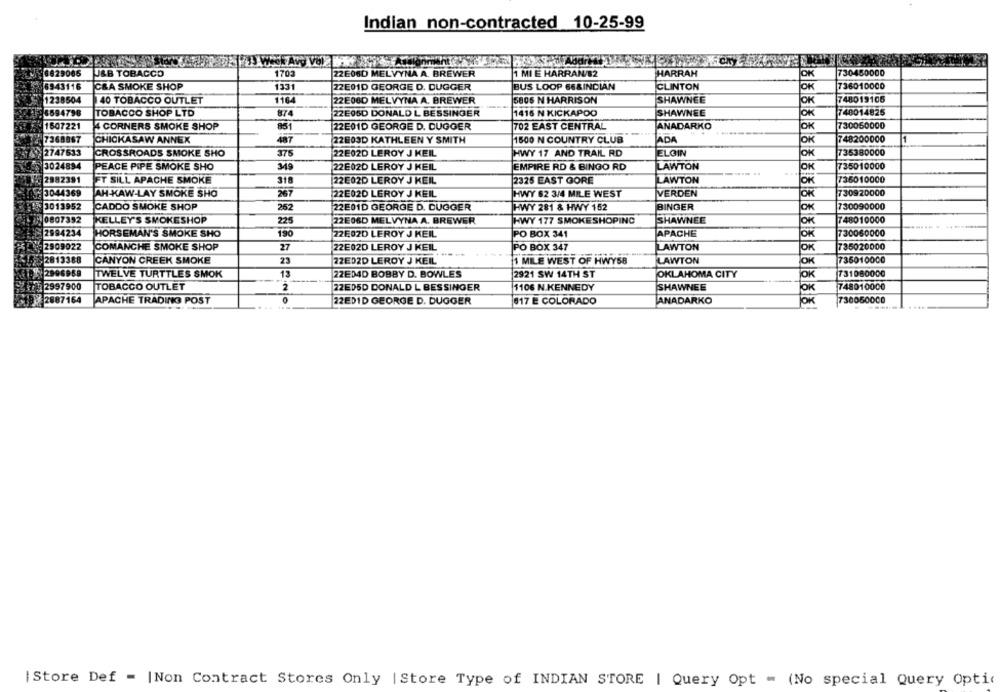
Indian non-contracted 10-25-99
Weck Avy Vol WARS 2
Wi'de Athlonmente
6829065
USB TOBACCO
1703
22E06D MELVYNA A. BREWER
1 MI E HARRAN/82
HARRAH
OK
730450000
6943116
C&A SMOKE SHOP
1331
22E01D GEORGE D. DUGGER
BUS LOOP 66&INDIAN
CLINTON
OK
736010000
1238504
140 TOBACCO OUTLET
1164
22E06D MELVYNA A. BREWER
5805 N HARRISON
SHAWNEE
OK
748019105
748014825
36694798
TOBACCO SHOP LTD
22E06D DONALD L BESSINGER
1416 N KICKAPOO
SHAWNEE
OK
ANADARKO
730050000
1507221
4 CORNERS SMOKE SHOP
85
22E01D GEORGE D. DUGGER
702 EAST CENTRAL
OK
487
22803D KATHLEEN Y SMITH
1500 N COUNTRY CLUB
ADA
OK
748200000
7368867
CHICKASAW ANNEX
375
HWY 17 AND TRAIL RD
Ok
735380000
2747633
CROSSROADS SMOKE SHO
22E02D LEROY J KEIL
ELGIN
EMPIRE RD & BINGO RD
LAWTON
735010000
3024894
PEACE PIPE SMOKE SHO
22E02D LEROY J KEIL
OK
2982391
FT SILL APACHE SMOKE
318
2325 EAST GORE
LAWTON
OK
736010000
22E02D LEROY J KEIL
3044369
AH-KAW-LAY SMOKE SHO
26
22E02D LEROY J KEIL
HWY 62 3/4 MILE WEST
VERDEN
OK
730920000
# 3013952
CADDO SMOKE SHOP
252
22E01D GEORGE D. DUGGER
HWY 281 & HWY 152
BINGER
OK
730090000
0807352
KELLEY'S SMOKESHOP
225
22E06D MELVYNA A. BREWER
HWY 177 SMOKESHOPING
SHAWNEE
OK
748010000
2994234
HORSEMAN'S SMOKE SHO
190
22Ę02D LEROY J KEIL
PO BOX 341
APACHE
OK
730060000
2909022
COMANCHE SMOKE SHOP
27
22E02D LEROY J KEIL
PO BOX 347
LAWTON
OK
735020000
2813388
CANYON CREEK SMOKE
23
22EDZD LEROY J KEIL
1 MILE WEST OF HWY58
LAWTON
OK
735010000
2996959
TWELVE TURTTLES SMOK
13
22ED4D BOBBY D. BOWLES
2921 SW 14TH ST
OKLAHOMA CITY
OK
731080000
2 12997900
TOBACCO OUTLET
2
22ED5D DONALD L BES SINGER
1106 N.KENNEDY
SHAWNEE
748010000
2887164
APACHE TRADING POST
22ED1D GEORGE D. DUGGER
617 E COLORADO
ANADARKO
JOK
730060000
|Store Def = |Non Contract Stores Only | Store Type of INDIAN STORE | Query Opt - (No special Query Optic